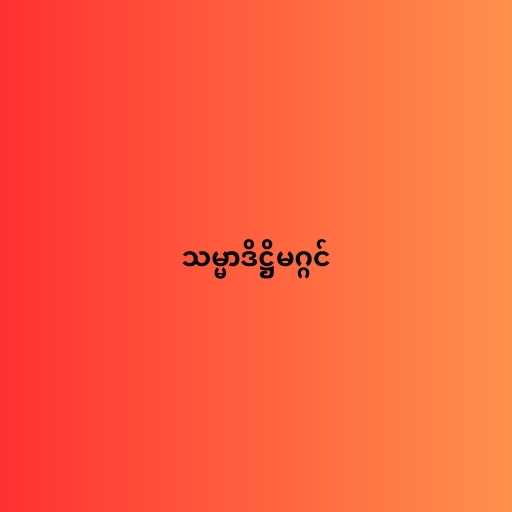
သမ္မာဒိဋ္ဌိမဂ္ဂင်